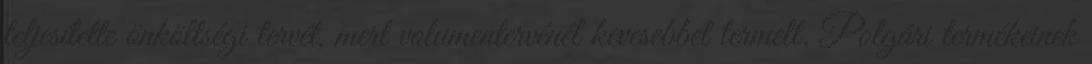
teljesítette önköltségi tervét, mert volumentervénél kevesebbet termelt. Polgári termékeinek